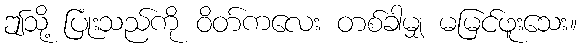
ဤသို့ ပြုံးသည်ကို ဝိတ်ကလေး တစ်ခါမျှ မမြင်ဖူးသေး။